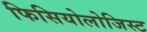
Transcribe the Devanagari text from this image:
फिसियोलोजिस्ट